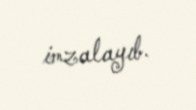
imzalayıb.